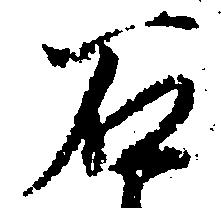
石